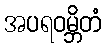
အပရဝမ္ဘိတံ